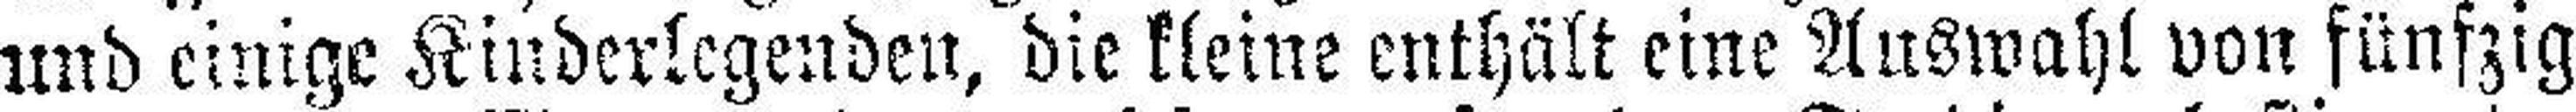
und einige Kinderlegenden, die kleine enthält eine Auswahl von fünfzig